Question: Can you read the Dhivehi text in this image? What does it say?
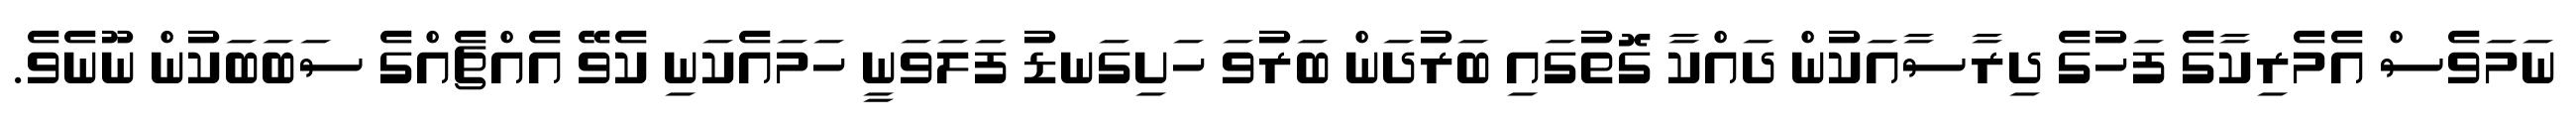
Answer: ނަމަވެސް އެމެރިކާގެ ފަހުގެ ދިރާސާއަކުން ދައްކާ ގޮތުގައި ބަރުދަން ބަރުވަ ހަށިގަނޑު ފަލަވަނީ ހަމައެކަނި ކެވޭ އެއްޗެއްގެ ސަބަބަކުން ނޫނެވެ.